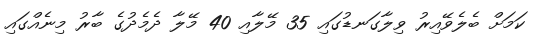
ކަމަށް ބެލެވޭއިރު ވިލާގަނޑުގައި 35 މޭލާއި 40 މޭލާ ދެމެދުގެ ބާރު މިނެއްގައި